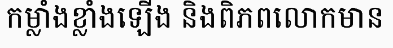
កម្លាំងខ្លាំងឡើង និងពិភពលោកមាន